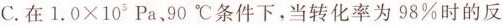
C. 在$$1.0×10^{5}Pa$$、90^{\circ}C条件下，当转化率为98\%时的反